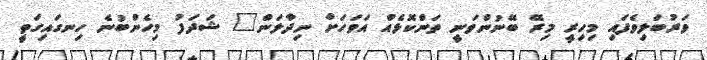
ވަރުބަލިވެފައި މިހިރީ މިރޭ ބޭނުންވަނީ ތަންކޮޅެއް އަވަހަށް ނިދާލަން" ޝަދަފު މިހެންބުނެ ހިނގައިގަތީ